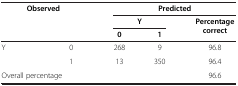
| <ROWSPAN=2-COLSPAN=2> Observed | <COLSPAN=3> Predicted |
 | <COLSPAN=2> Y | Percentage correct |
 |  |  | 0 | 1 |  |
 | --- | --- | --- | --- | --- |
 | <ROWSPAN=2> Y | 0 | 268 | 9 | 96.8 |
 | 1 | 13 | 350 | 96.4 |
 | <COLSPAN=2> Overall percentage |  |  | 96.6 |